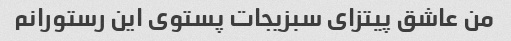
من عاشق پیتزای سبزیجات پستوی این رستورانم